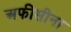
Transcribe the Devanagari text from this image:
अफीसीना